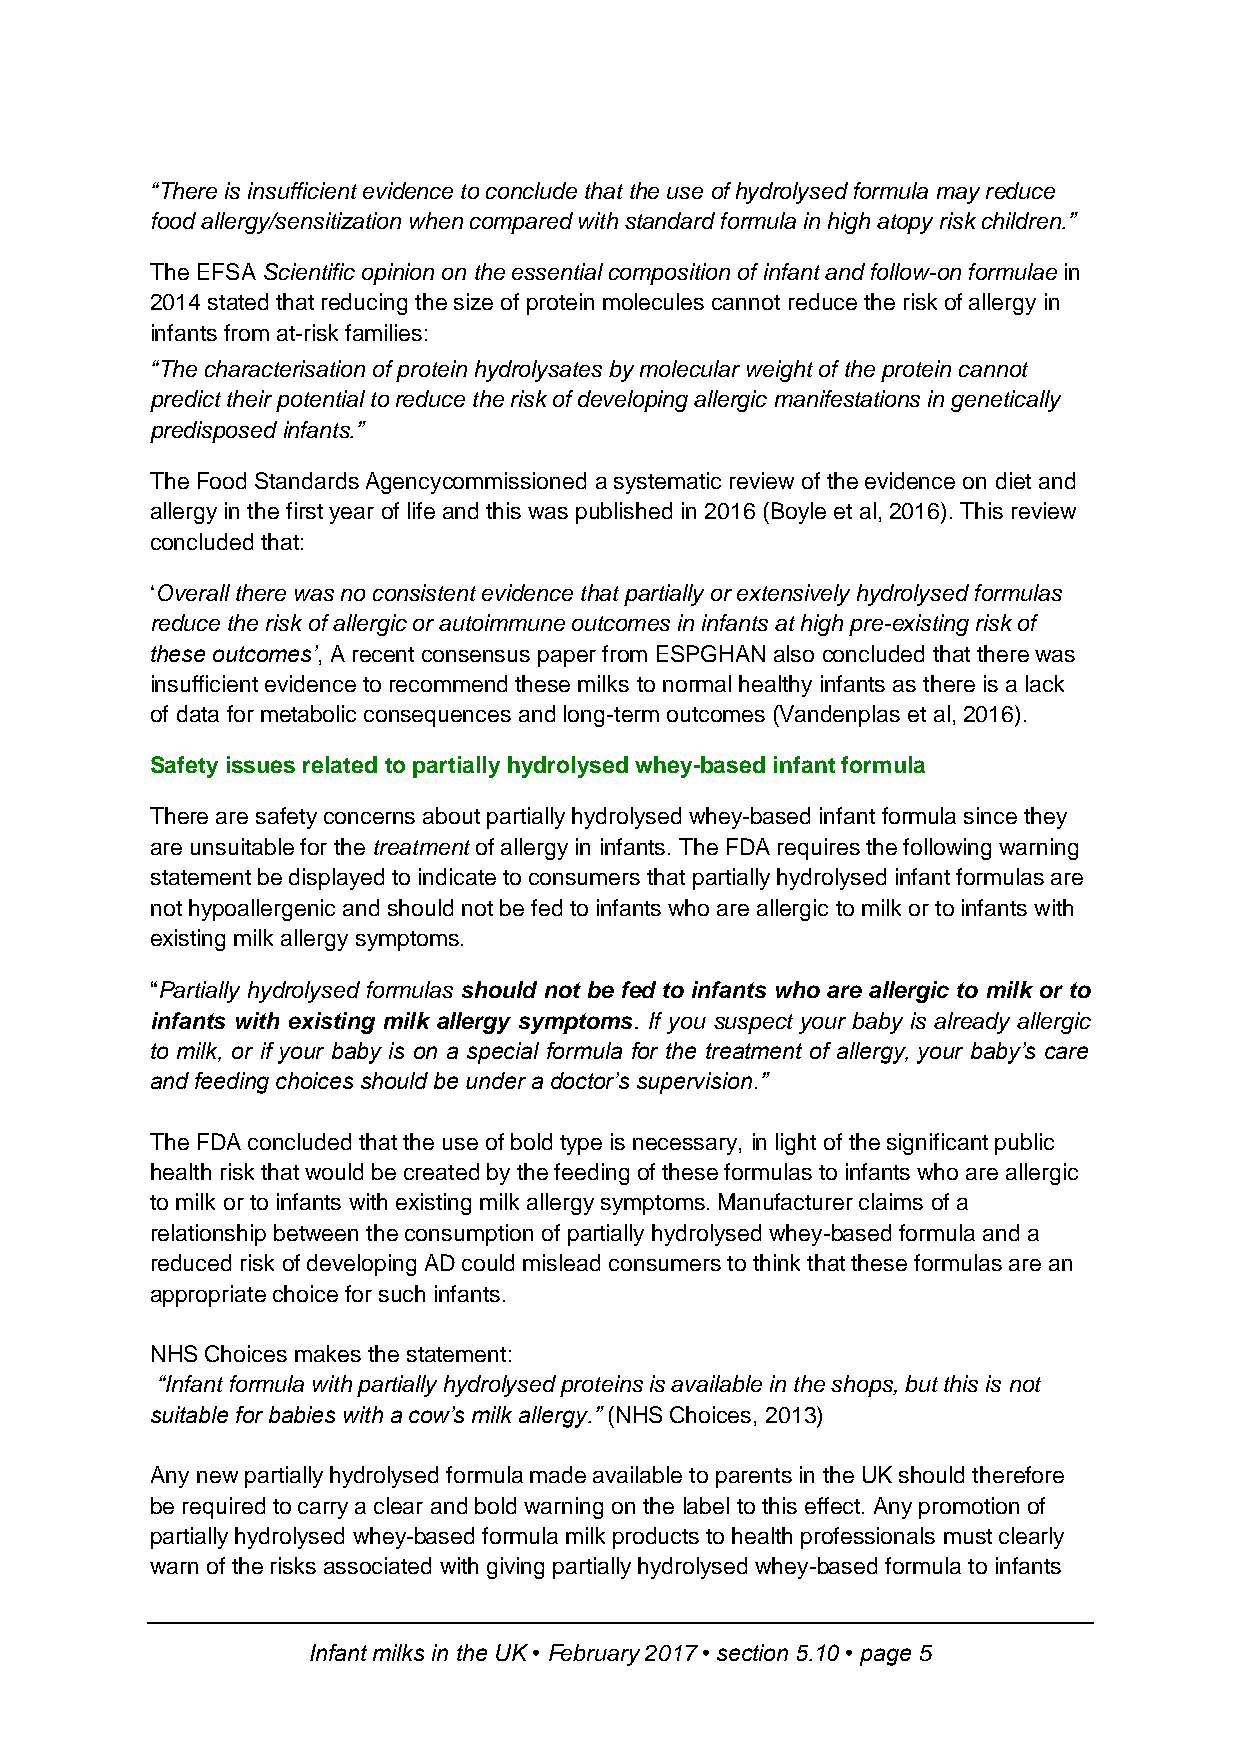
“There is insufficient evidence to conclude that the use of hydrolysed formula may reduce
 food allergy/sensitization when compared with standard formula in high atopy risk children.”
 The EFSA Scientific opinion on the essential composition of infant and follow-on formulae in
 2014 stated that reducing the size of protein molecules cannot reduce the risk of allergy in
 infants from at-risk families:
 “The characterisation of protein hydrolysates by molecular weight of the protein cannot
 predict their potential to reduce the risk of developing allergic manifestations in genetically
 predisposed infants.”
 The Food Standards Agencycommissioned a systematic review of the evidence on diet and
 allergy in the first year of life and this was published in 2016 (Boyle et al, 2016). This review
 concluded that:
 ‘Overall there was no consistent evidence that partially or extensively hydrolysed formulas
 reduce the risk of allergic or autoimmune outcomes in infants at high pre-existing risk of
 these outcomes’, A recent consensus paper from ESPGHAN also concluded that there was
 insufficient evidence to recommend these milks to normal healthy infants as there is a lack
 of data for metabolic consequences and long-term outcomes (Vandenplas et al, 2016).
 Safety issues related to partially hydrolysed whey-based infant formula
 There are safety concerns about partially hydrolysed whey-based infant formula since they
 are unsuitable for the treatment of allergy in infants. The FDA requires the following warning
 statement be displayed to indicate to consumers that partially hydrolysed infant formulas are
 not hypoallergenic and should not be fed to infants who are allergic to milk or to infants with
 existing milk allergy symptoms.
 “Partially hydrolysed formulas should not be fed to infants who are allergic to milk or to
 infants with existing milk allergy symptoms. If you suspect your baby is already allergic
 to milk, or if your baby is on a special formula for the treatment of allergy, your baby’s care
 and feeding choices should be under a doctor’s supervision.”
 The FDA concluded that the use of bold type is necessary, in light of the significant public
 health risk that would be created by the feeding of these formulas to infants who are allergic
 to milk or to infants with existing milk allergy symptoms. Manufacturer claims of a
 relationship between the consumption of partially hydrolysed whey-based formula and a
 reduced risk of developing AD could mislead consumers to think that these formulas are an
 appropriate choice for such infants.
 NHS Choices makes the statement:
 “Infant formula with partially hydrolysed proteins is available in the shops, but this is not
 suitable for babies with a cow’s milk allergy.” (NHS Choices, 2013)
 Any new partially hydrolysed formula made available to parents in the UK should therefore
 be required to carry a clear and bold warning on the label to this effect. Any promotion of
 partially hydrolysed whey-based formula milk products to health professionals must clearly
 warn of the risks associated with giving partially hydrolysed whey-based formula to infants
 Infant milks in the UK • February 2017 • section 5.10 • page 5